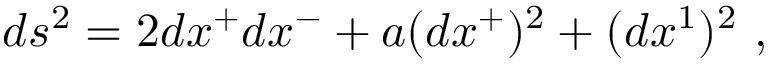
d s ^ { 2 } = 2 d x ^ { + } d x ^ { - } + a ( d x ^ { + } ) ^ { 2 } + ( d x ^ { 1 } ) ^ { 2 } ~ ,